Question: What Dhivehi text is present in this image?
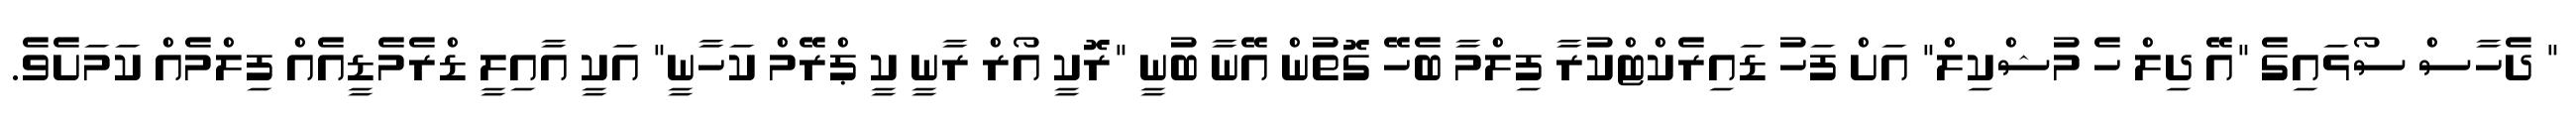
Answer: " ދެހާސް ސޯޅައިގެ "އޭ ދިލް ހެ މުޝްކިލް" އަށް ފަހު ޑައިރެކްޓްކުރާ ފިލްމާ ބެހޭ ގޮތުން އޭނާ ބުނީ "ރޮކީ އޯރް ރާނީ ކީ ޕްރޭމް ކަހާނީ" އަކީ އާއިލީ ޑްރެމެޑީއެއް ފިލްމެއް ކަމަށެވެ.